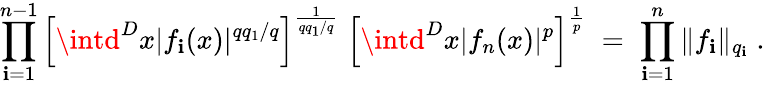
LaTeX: \prod_{\mathbf{i}=1}^{n-1}\left[\intd^{D}x|f_{\mathbf{i}}(x)|^{qq_{1}/q}\right]^{\frac{{1}}{{qq_{1}/q}}}\; \left[\intd^{D}x|f_{n}(x)|^{p}\right]^{\frac{{1}}{{p}}}\; =\; \prod_{\mathbf{i}=1}^{n}\| f_{\mathbf{i}}\| _{q_{\mathbf{i}}}\; .